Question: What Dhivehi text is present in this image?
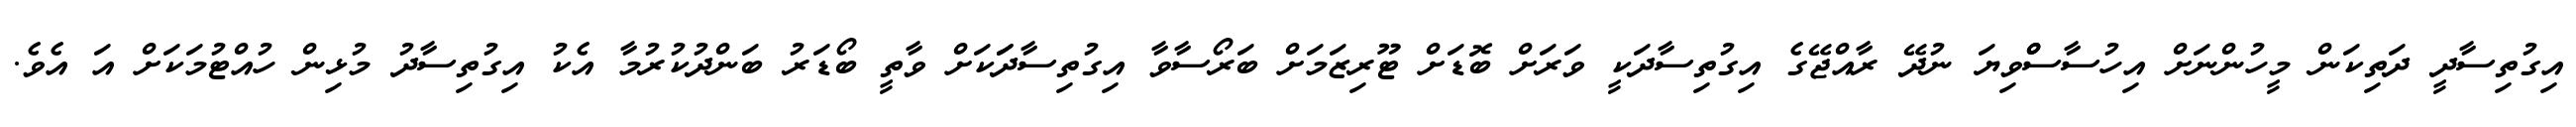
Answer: އިގުތިސާދީ ދަތިކަން މީހުންނަށް އިހުސާސްްވިޔަ ނުދޭ ރާއްޖޭގެ އިގުތިސާދަކީ ވަރަށް ބޮޑަށް ޓޫރިޒަމަށް ބަރޯސާވާ އިގުތިސާދަަކަށް ވާތީ ބޯޑަރު ބަންދުކުރުމާ އެކު އިގުތިސާދު މުޅިން ހުއްޓުމަކަށް އަ އެވެ.